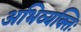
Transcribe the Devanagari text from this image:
अभिव्यक्तिः